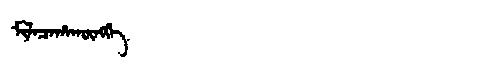
Manchu: ᠮᡳᠯᠠᠴᠠᡥᠠᡴᡡᠩᡤᡝ
Romanization: MILACAHAKŪNGGE